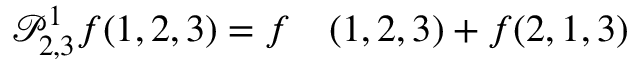
\begin{array} { r l } { \mathcal P _ { 2 , 3 } ^ { 1 } f ( 1 , 2 , 3 ) = f } & { { } ( 1 , 2 , 3 ) + f ( 2 , 1 , 3 ) } \end{array}